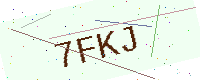
Text: 7FKJ